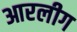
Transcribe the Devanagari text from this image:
आरलीग